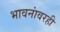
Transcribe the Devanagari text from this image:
भावनांवरही